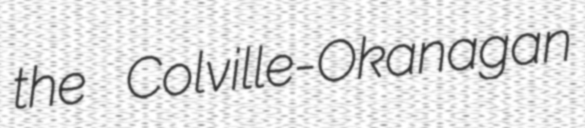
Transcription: the Colville-Okanagan